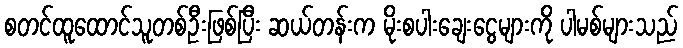
စတင်ထူထောင်သူတစ်ဦးဖြစ်ပြီး ဆယ်တန်းက မိုးစပါးချေးငွေများကို ပါမစ်များသည်